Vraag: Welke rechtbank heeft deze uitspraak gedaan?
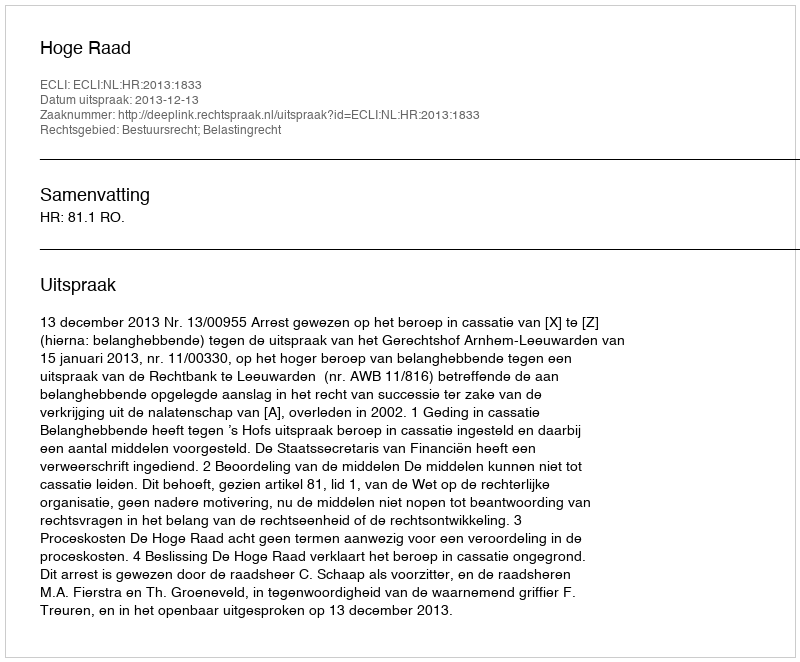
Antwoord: Hoge Raad